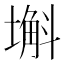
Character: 𡐗